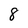
Character: 8